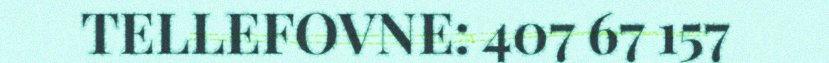
TELLEFOVNE: 407 67 157